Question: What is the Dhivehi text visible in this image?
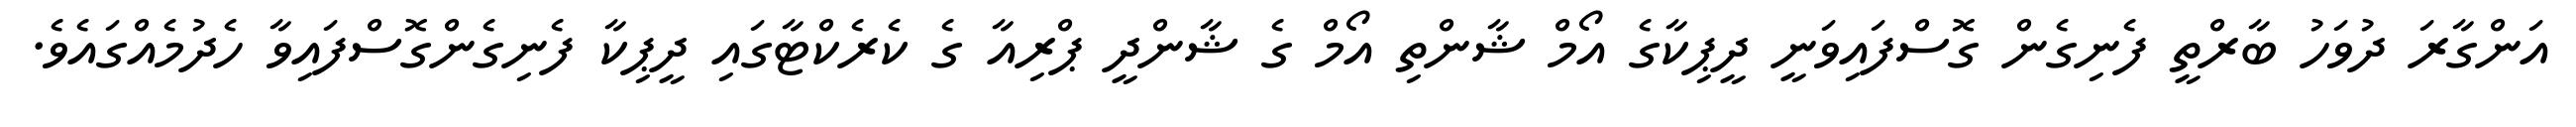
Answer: އަންގާރަ ދުވަހު ބާރްތީ ފެނިގެން ގޮސްފައިވަނީ ދީޕިކާގެ އޯމް ޝާންތި އޯމް ގެ ޝާންދީ ޕްރިއާ ގެ ކެރެކްޓާގައި ދީޕިކާ ފެނިގެންގޮސްފައިވާ ހެދުމެއްގައެވެ.